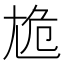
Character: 尯